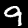
Label: 9